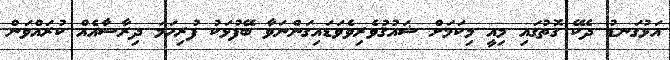
އަޅުގަނޑު ދެކޭ ގޮތުގައި މިއީ މިކަމަށް ޝައުޤުވެރިވެވަޑައިގަންނަވާ ބޭފުޅަކު ފުރިހަމަ ދިރާސާއެއް ކުރައްވަން